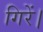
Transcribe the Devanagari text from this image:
गिरें।